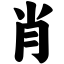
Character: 肖